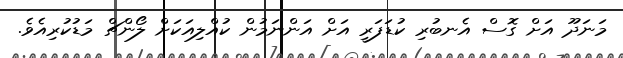
މަނަދޫ އަށް ގޮސް އެނބުރި ކުޑަފަރީ އަށް އަންނަމުން ކުއްލިއަކަށް ލޯންޗް މަޑުކުރިއެވެ.